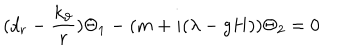
LaTeX: ( d _ { r } - { \frac { k _ { \vartheta } } r } ) \Theta _ { 1 } - ( m + i ( \lambda - g H ) ) \Theta _ { 2 } = 0